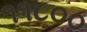
૧૧૮૦૦